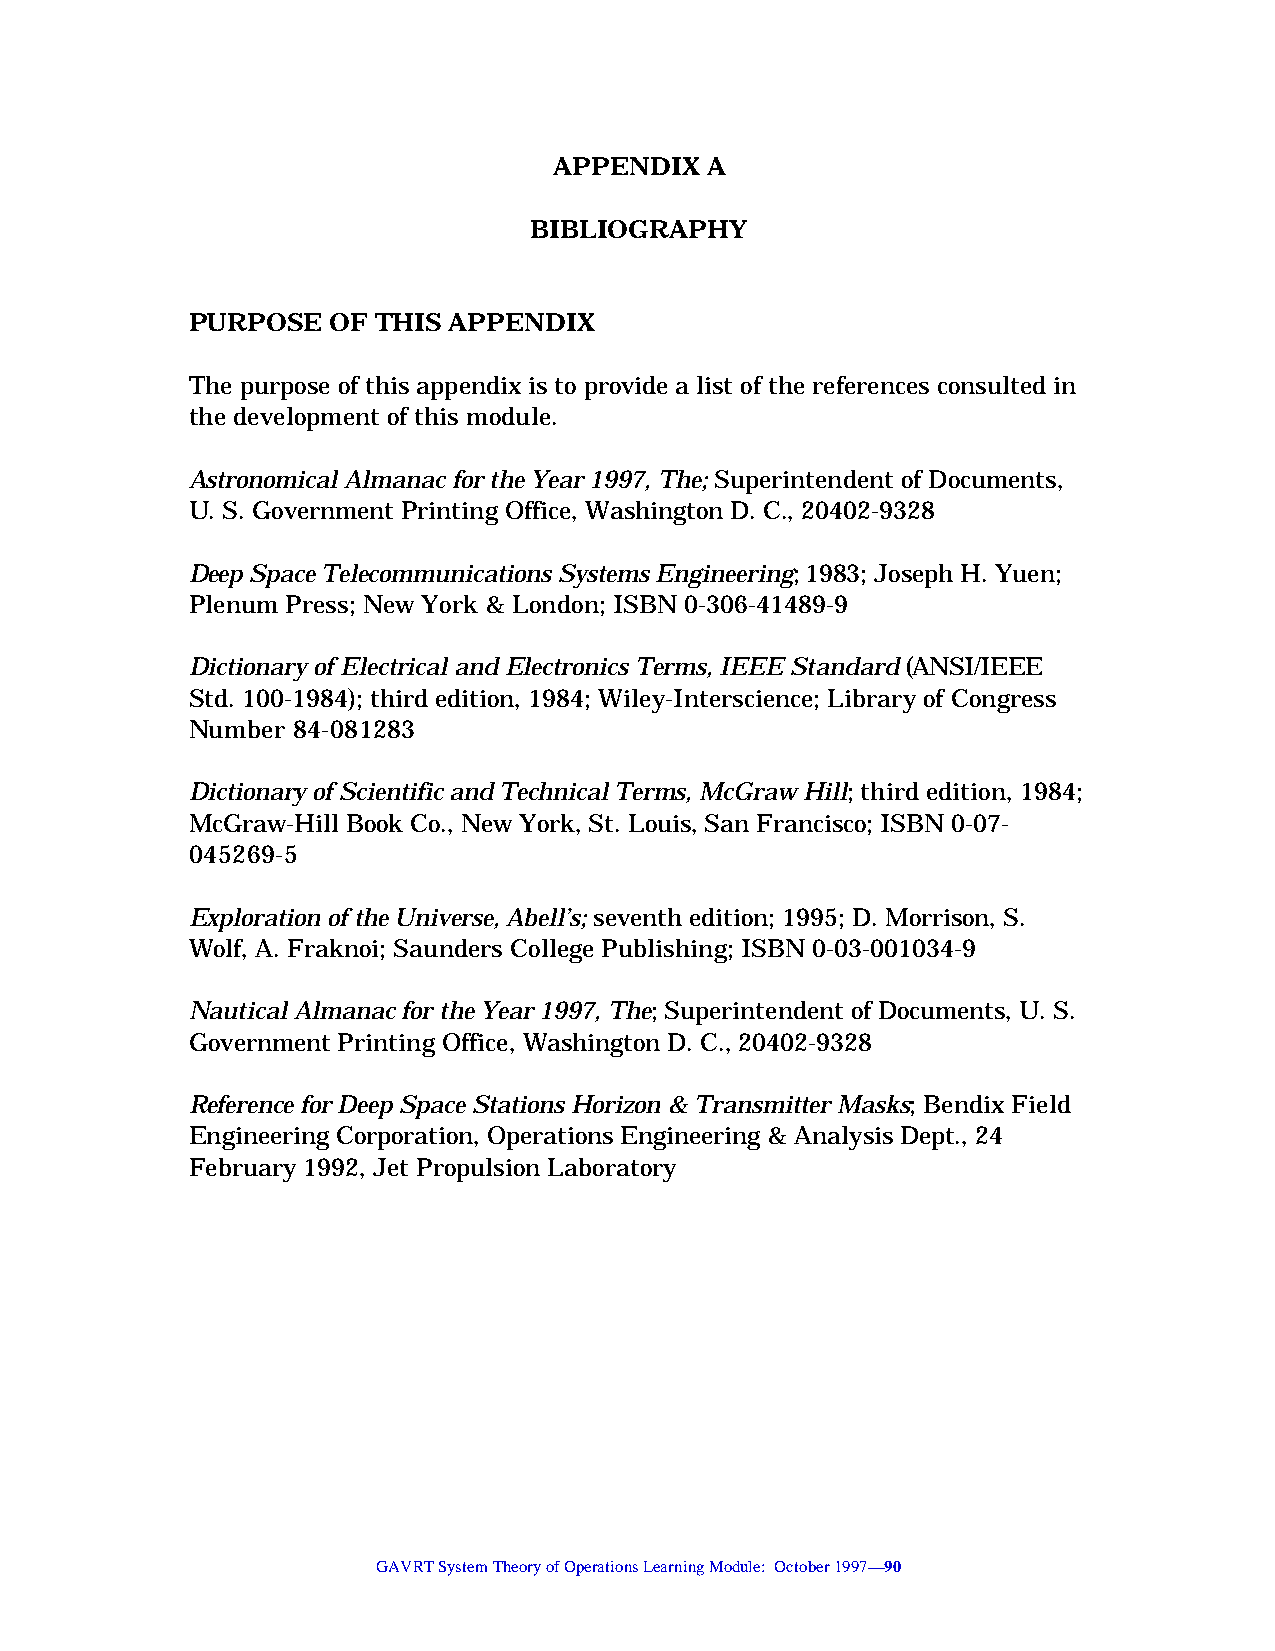
APPENDIX  A
 BIBLIOGRAPHY
 PURPOSE   OF THIS APPENDIX
 The purpose of this appendix is to provide a list of the references consulted in
 the development of this module.
 Astronomical Almanac for the Year 1997, The; Superintendent of Documents,
 U. S. Government Printing Office, Washington D. C., 20402-9328
 Deep Space Telecommunications Systems Engineering; 1983; Joseph H. Yuen;
 Plenum Press; New York & London; ISBN 0-306-41489-9
 Dictionary of Electrical and Electronics Terms, IEEE Standard (ANSI/IEEE
 Std. 100-1984); third edition, 1984; Wiley-Interscience; Library of Congress
 Number 84-081283
 Dictionary of Scientific and Technical Terms, McGraw Hill; third edition, 1984;
 McGraw-Hill Book Co., New York, St. Louis, San Francisco; ISBN 0-07-
 045269-5
 Exploration of the Universe, Abell’s; seventh edition; 1995; D. Morrison, S.
 Wolf, A. Fraknoi; Saunders College Publishing; ISBN 0-03-001034-9
 Nautical Almanac for the Year 1997, The; Superintendent of Documents, U. S.
 Government Printing Office, Washington D. C., 20402-9328
 Reference for Deep Space Stations Horizon & Transmitter Masks; Bendix Field
 Engineering Corporation, Operations Engineering & Analysis Dept., 24
 February 1992, Jet Propulsion Laboratory
 GAVRT System Theory of Operations Learning Module: October 1997—90